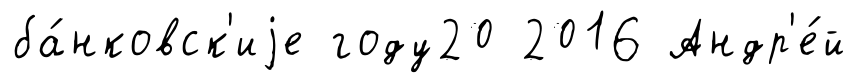
ба́нковск'иjе году20 2016 Андр'е́й